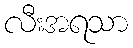
လီးအရသာ